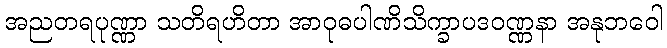
အညတရပုဏ္ဏာ သတိရဟိတာ အာဝုဓပါဏိသိက္ခာပဒဝဏ္ဏနာ အနုဘဝေါ